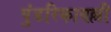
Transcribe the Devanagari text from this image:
पुंडरिकावल्ली